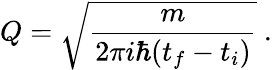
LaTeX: Q={\sqrt{\frac{m}{2\pi i\hbar(t_{f}-t_{i})}}}~.